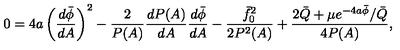
0 = 4 a \left( \frac { d \bar { \phi } } { d A } \right) ^ { 2 } - \frac { 2 } { P ( A ) } \frac { d P ( A ) } { d A } \frac { d \bar { \phi } } { d A } - \frac { \bar { f } _ { 0 } ^ { 2 } } { 2 P ^ { 2 } ( A ) } + \frac { 2 \bar { Q } + \mu e ^ { - 4 a \bar { \phi } } / \bar { Q } } { 4 P ( A ) } ,